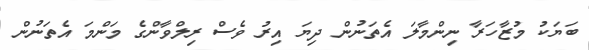
ބަޔަކު މުޒާހަރާ ނިންމާލަ އެތަނުން ދިޔަ އިރު ވެސް ރިލްވާންގެ މަންމަ އެތަނުން